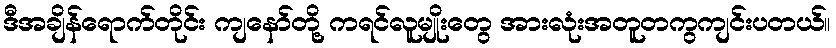
ဒီအချိန်ရောက်တိုင်း ကျနော်တို့ ကရင်လူမျိုးတွေ အားလုံးအတူတကွကျင်းပတယ်။